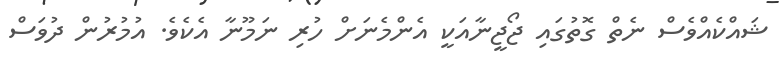
ޝައްކެއްވެސް ނެތް ގޮތުގައި ޖޯޖީނާއަކީ އެންމެނަށް ހުރި ނަމޫނާ އެކެވެ. އުމުރުން ދުވަސް